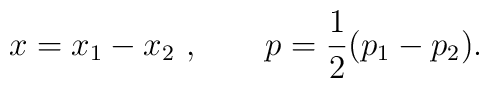
x = x_1 - x_2\ , \qquad p = {1 \over 2} (p_1 - p_2).